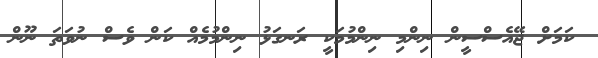
ކަމަށް ޖޭއެސްސީން ނިންމި ނިންމުމަކީ ރަނގަޅު ނިންމުމެއް ކަން ވެސް ނުވަތަ ނޫން